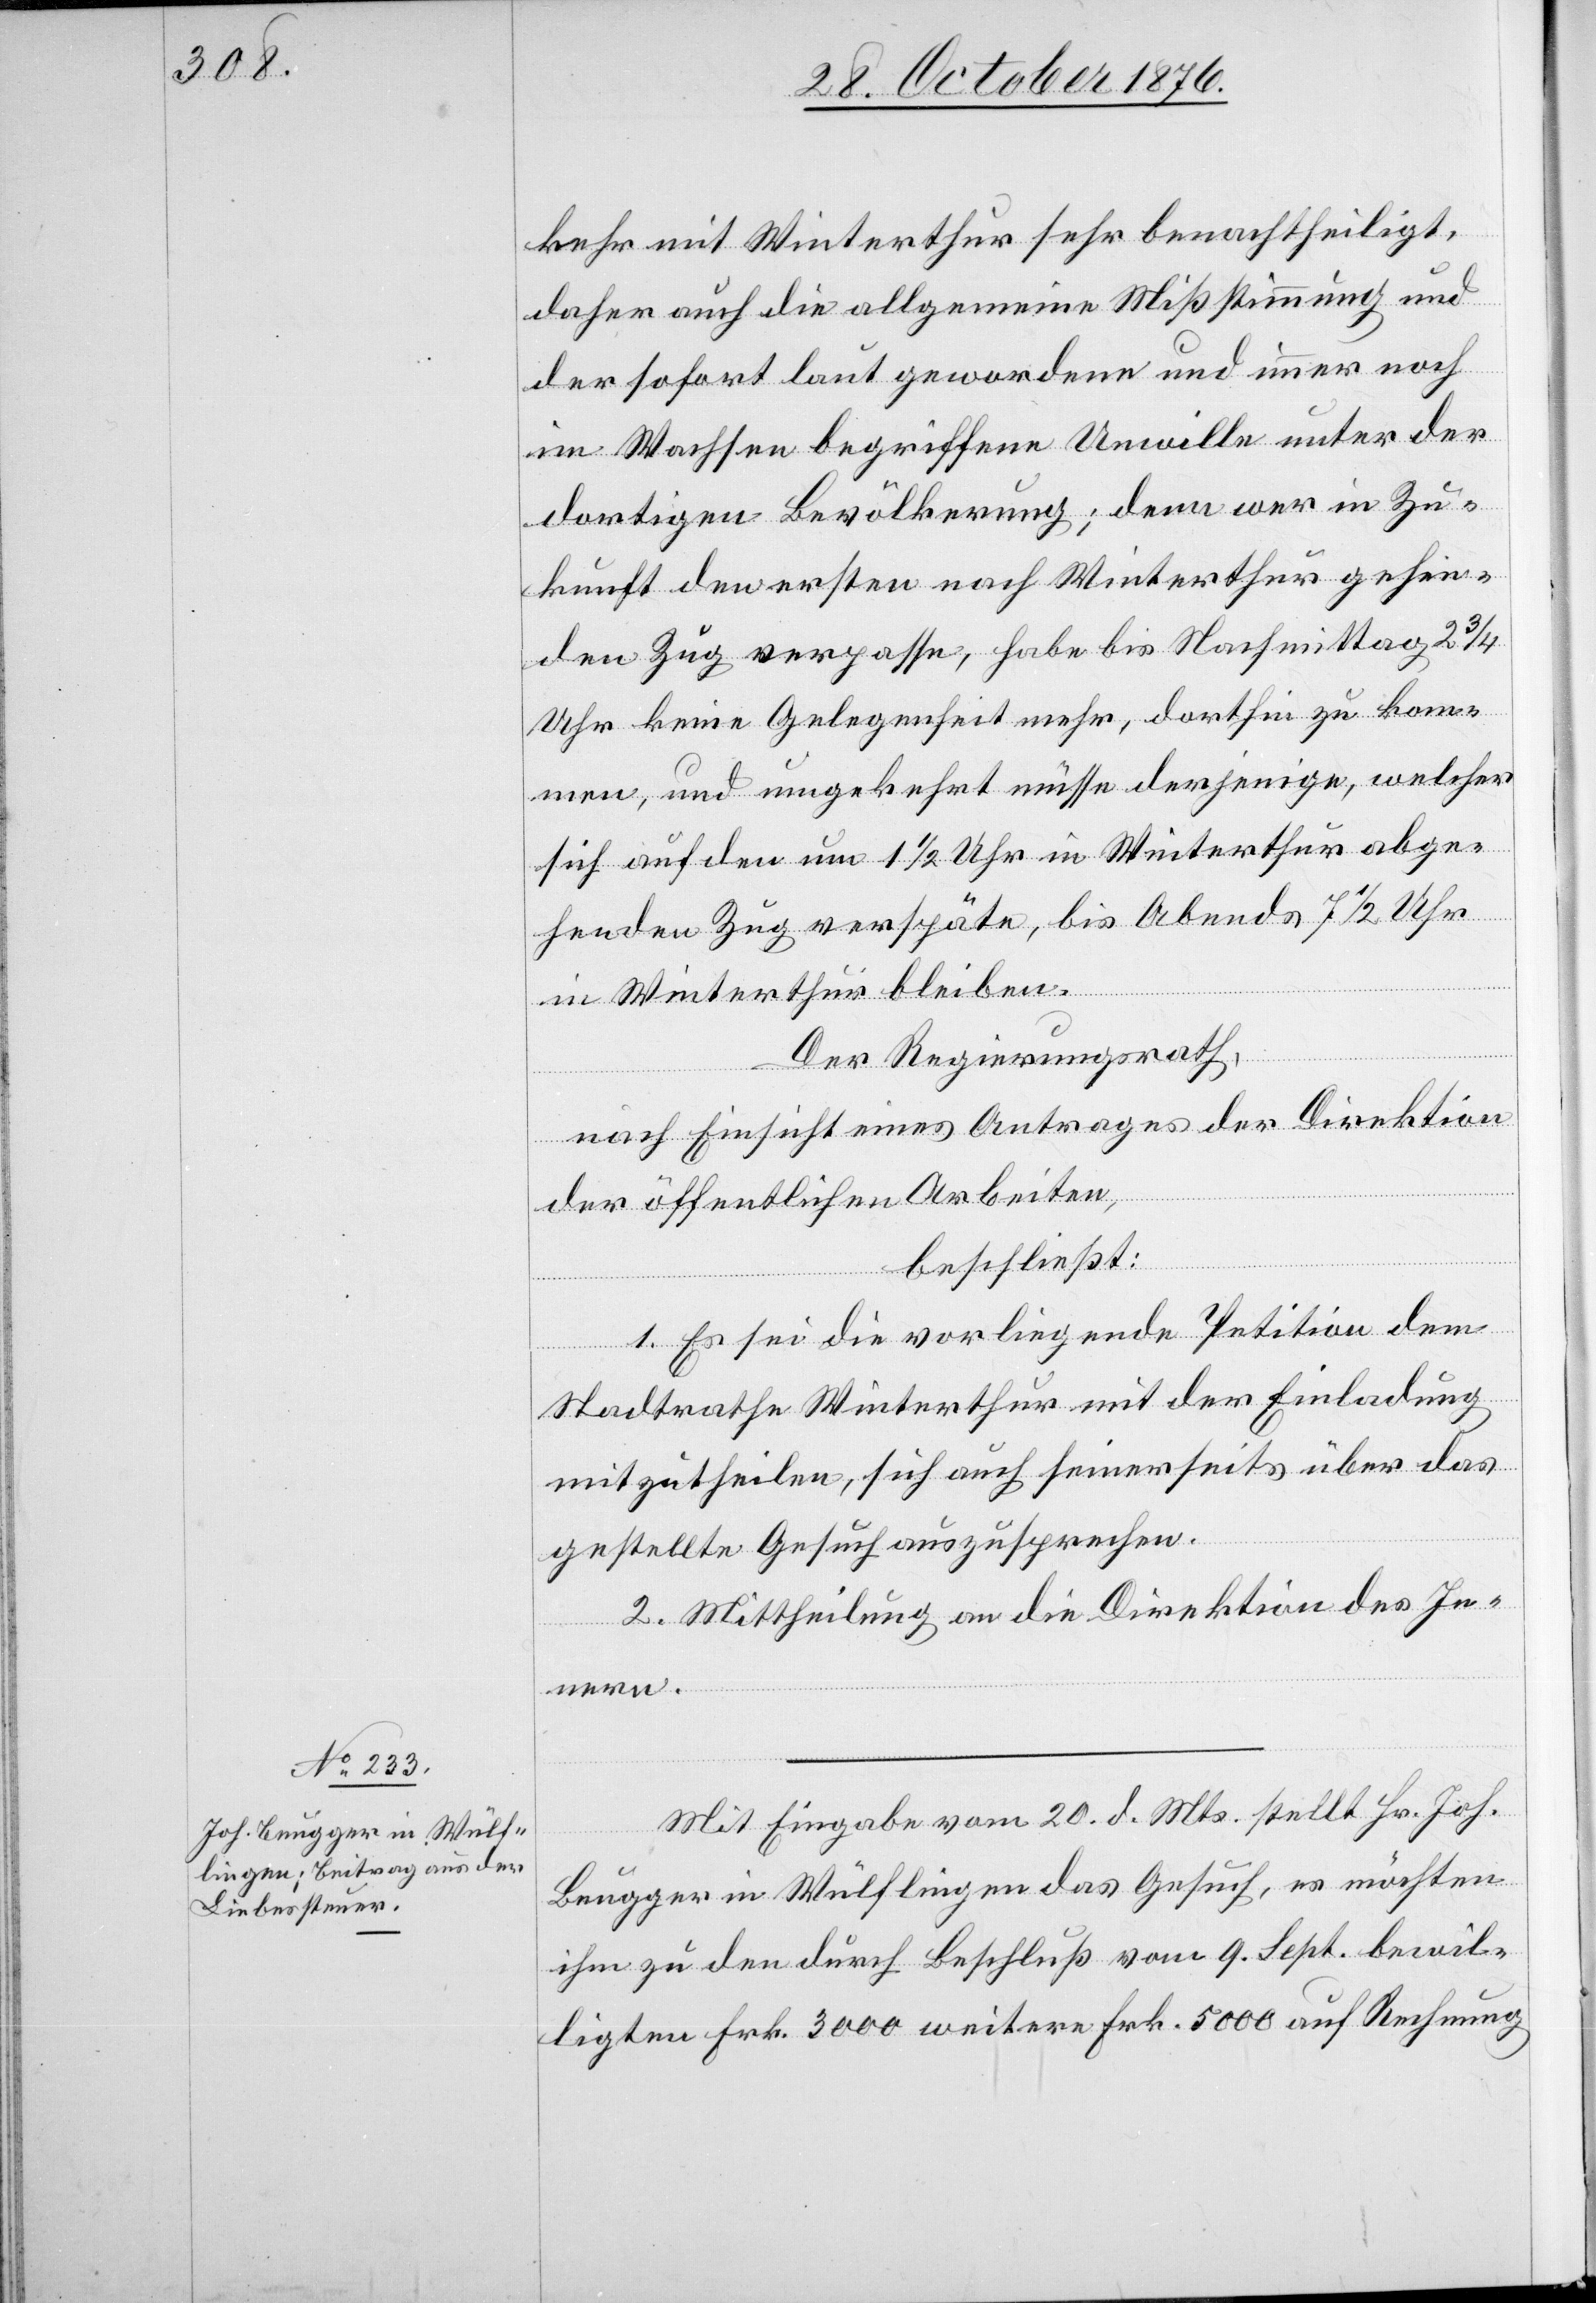
kehr mit Winterthur sehr benachtheiligt,
daher auch die allgemeine Mißstimmung und
der sofort laut gewordene und immer noch
im Wachsen begriffene Unwille unter der
dortigen Bevölkerung; denn wer in Zu¬
kunft den ersten nach Winterthur gehen¬
den Zug verpasse, habe bis Nachmittag 2 3/4
Uhr keine Gelegenheit mehr, dorthin zu kom¬
men, und umgekehrt müsse derjenige, welcher
sich auf den um 1 1/2 Uhr in Winterthur abge¬
henden Zug verspäte, bis Abends 7 1/2 Uhr
in Winterthur bleiben.
Der Regierungsrath,
nach Einsicht eines Antrages der Direktion
der öffentlichen Arbeiten,
beschließt:
1. Es sei die vorliegende Petition dem
Stadtrathe Winterthur mit der Einladung
mitzutheilen, sich auch seinerseits über das
gestellte Gesuch auszusprechen.
2. Mittheilung an die Direktion des In¬
nern.
Mit Eingabe vom 20. d. Mts. stellt Hr. Joh.
Beugger in Wülflingen das Gesuch, es möchten
ihm zu den durch Beschluß vom 9. Sept. bewil¬
ligten Frk. 3000 weitere Frk. 5000 auf Rechnung